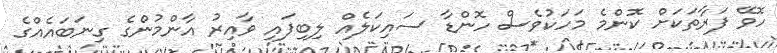
ހޮވޭ ފަރާތަކަށް ކޮންމެ މަހަކުވެސް ހޮންޑާ ސައިކަލެއް ލިބިފައި ވާއިރު އާންމުންގެ ގިނަބައެއްގެ